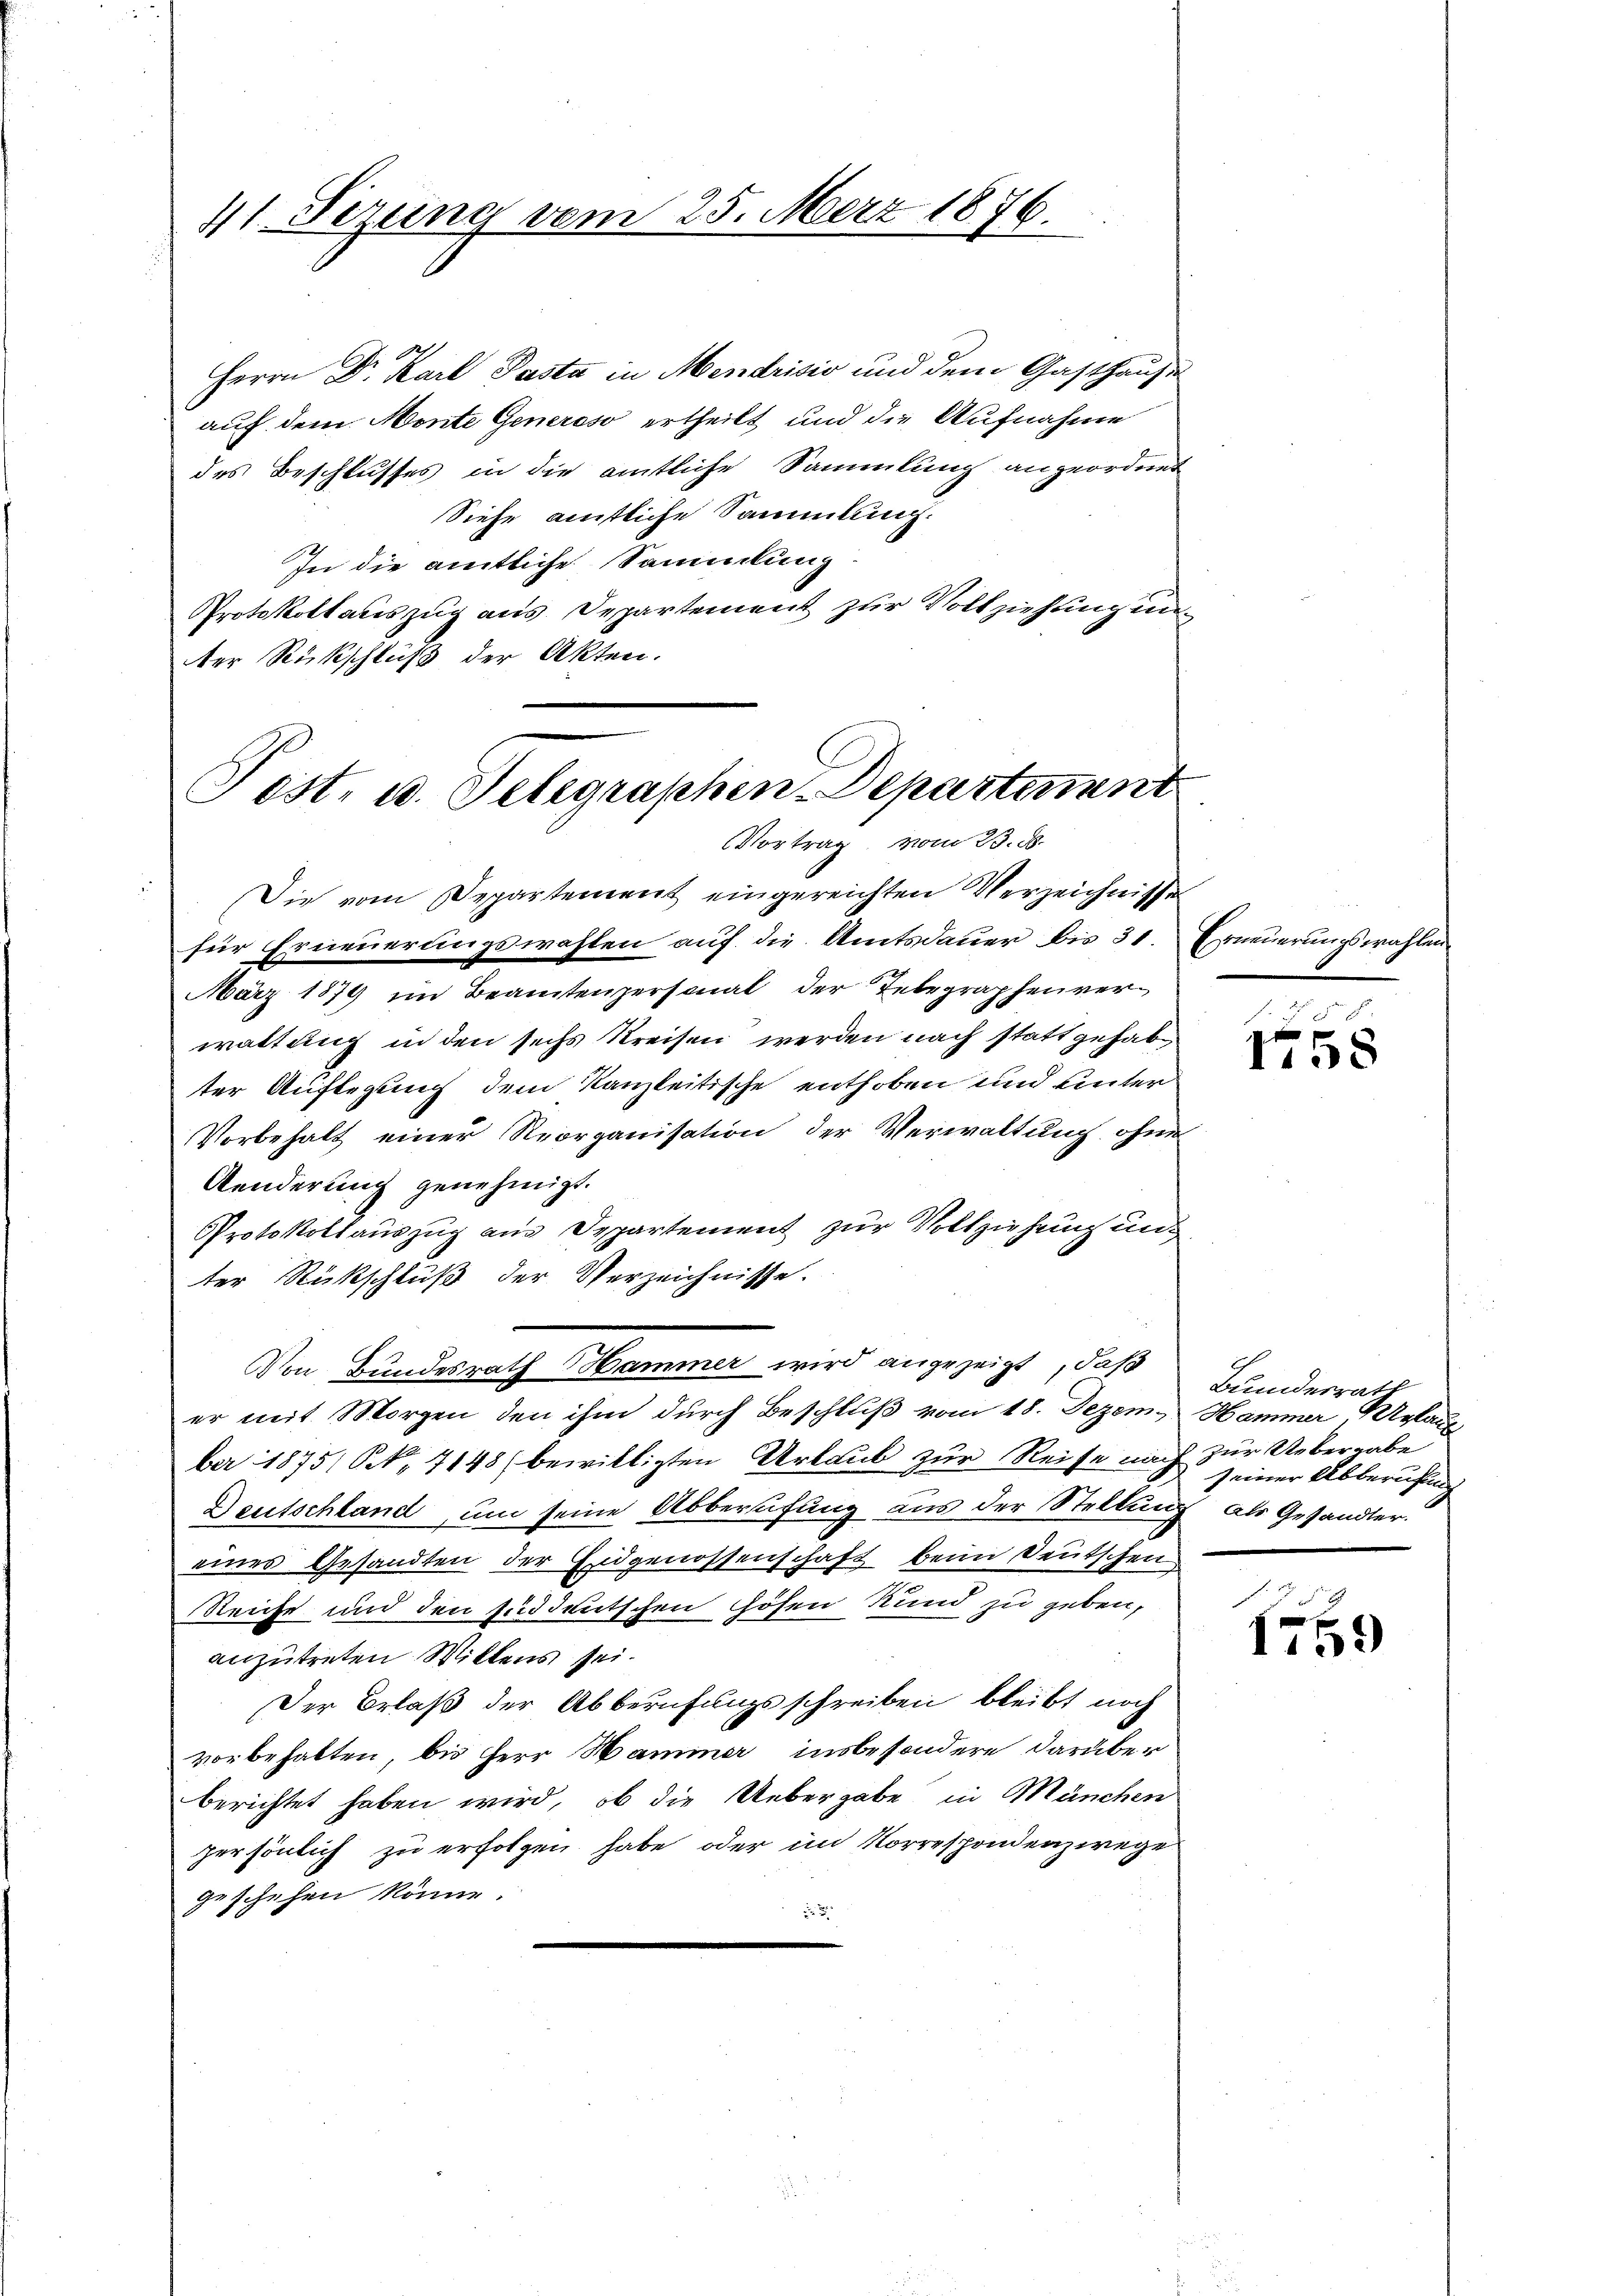
41. Sezung vom 25. März 1876.

Herrn Dr. Karl Pasta in Mendrisis und dem Gasthausen
auf dem Monte Generoso ertheilt und die Aufnahme
des Beschlusses in die amtliche Sammlung angeordnet
Siehe amtliche Sammlung.
In die amtliche Sammlung
Protokollauszug aus Departement zur Vollziehung einter Rückschluß der Akten.

Post. u. Telegraphen-Departement
VVortrag vom 23. ds.

Von Bundesrath Hammer wird angezeigt, daß

Die vom Departement eingereichten Verzeichnisse
für Erneuerungswahlen auf die Amtsdauer bis 31. Erneuerungswahlen
März 1879 im Beamtenpersonal der Telegraphenverwaltung in den sechs Kreisen werden nach stattgehabter Auflegung dem Kanzleitische enthoben und unter
Vorbehalt einer Reorganisation der Verwaltung, ohne
Aenderung genehmigt.
Protokollauszug aus Departement zur Vollziehung und
ter Rückschluß der Verzeichnisse.
er mit Morgen den ihm durch Beschluß vom 18. Dezem. Hammer, Wylaue
ber 1875, S. 7148 (bewilligten Urlaub zur Reise nach zur Uebergabe
Deutschland, um seine Abberufung aus der Stellung als Gesandter.
eines Gesandten der Eidgenossenschaft beim Deutschen
Reiche und den süddeutschen Gösen Kund zu geben,
anzutreten Willens sei.
Der Erlaß der Abberufungsschreiben bleibt noch
vorbehalten, bis Herr Hammer, insbesondere darüber
berichtet haben wird, ob die Uebergabe in München
persönlich zu erfolgen habe oder im Korrespondenzwege
geschehen könne.
2

h

1108

Bundesrath
seiner Abberufen

1759